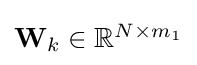
{\textstyle \mathbf {W} _{k}\in \mathbb {R} ^{N\times m_{1}}}